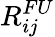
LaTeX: R_{ij}^{FU}